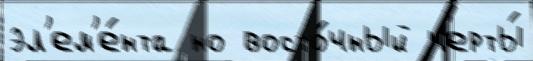
эл'ем'е́нта но восто́чный черты́